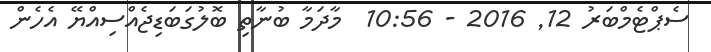
ސެޕްޓެމްބަރު 12